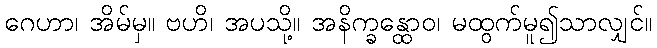
ဂေဟာ၊ အိမ်မှ။ ဗဟိ၊ အပသို့။ အနိက္ခန္ထောဝ၊ မထွက်မူ၍သာလျှင်။